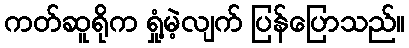
ကတ်ဆူရိုက ရှုံ့မဲ့လျက် ပြန်ပြောသည်။